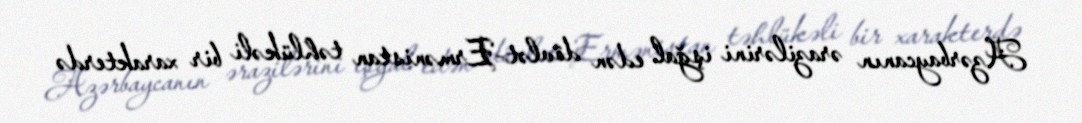
Azərbaycanın ərazilərini işğal edən dövlət-Ermənistan təhlükəli bir xarakterdə